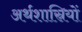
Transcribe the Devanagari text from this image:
अर्थशास्रियों